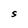
Character: S